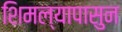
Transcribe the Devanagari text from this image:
शिमल्यापासुन